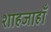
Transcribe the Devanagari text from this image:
शाहजाहाँ